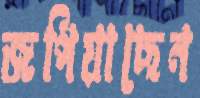
জপিয়াছেন